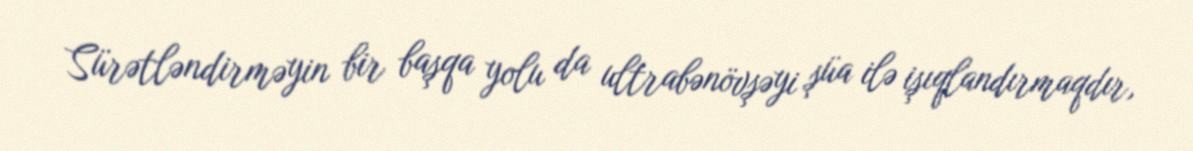
Sürətləndirməyin bir başqa yolu da ultrabənövşəyi şüa ilə işıqlandırmaqdır,